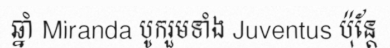
ឆ្នាំ Miranda បូករួមទាំង Juventus ប៉ុន្តែ